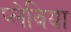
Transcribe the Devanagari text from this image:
प्लेविया